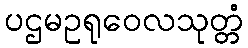
ပဌမဥရုဝေလသုတ္တံ